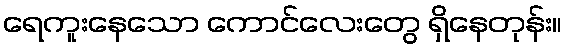
ရေကူးနေသော ကောင်လေးတွေ ရှိနေတုန်း။